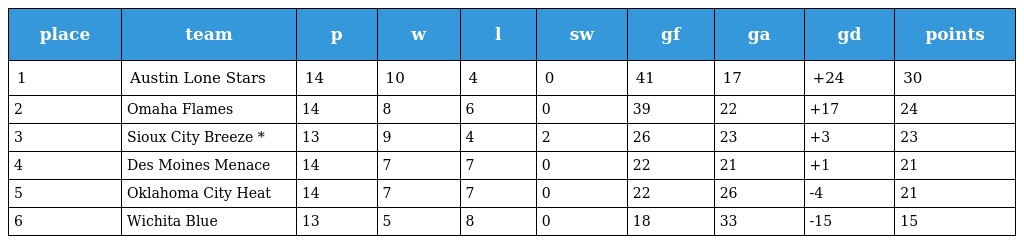
| place | team | p | w | l | sw | gf | ga | gd | points |
 | --- | --- | --- | --- | --- | --- | --- | --- | --- | --- |
 | 1 | Austin Lone Stars | 14 | 10 | 4 | 0 | 41 | 17 | +24 | 30 |
 | 2 | Omaha Flames | 14 | 8 | 6 | 0 | 39 | 22 | +17 | 24 |
 | 3 | Sioux City Breeze * | 13 | 9 | 4 | 2 | 26 | 23 | +3 | 23 |
 | 4 | Des Moines Menace | 14 | 7 | 7 | 0 | 22 | 21 | +1 | 21 |
 | 5 | Oklahoma City Heat | 14 | 7 | 7 | 0 | 22 | 26 | -4 | 21 |
 | 6 | Wichita Blue | 13 | 5 | 8 | 0 | 18 | 33 | -15 | 15 |